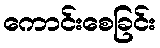
ကောင်းစေခြင်း